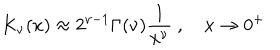
LaTeX: K _ { \nu } ( x ) \approx 2 ^ { \nu - 1 } \Gamma ( \nu ) \frac { 1 } { x ^ { \nu } } ~ , ~ x \to 0 ^ { + }